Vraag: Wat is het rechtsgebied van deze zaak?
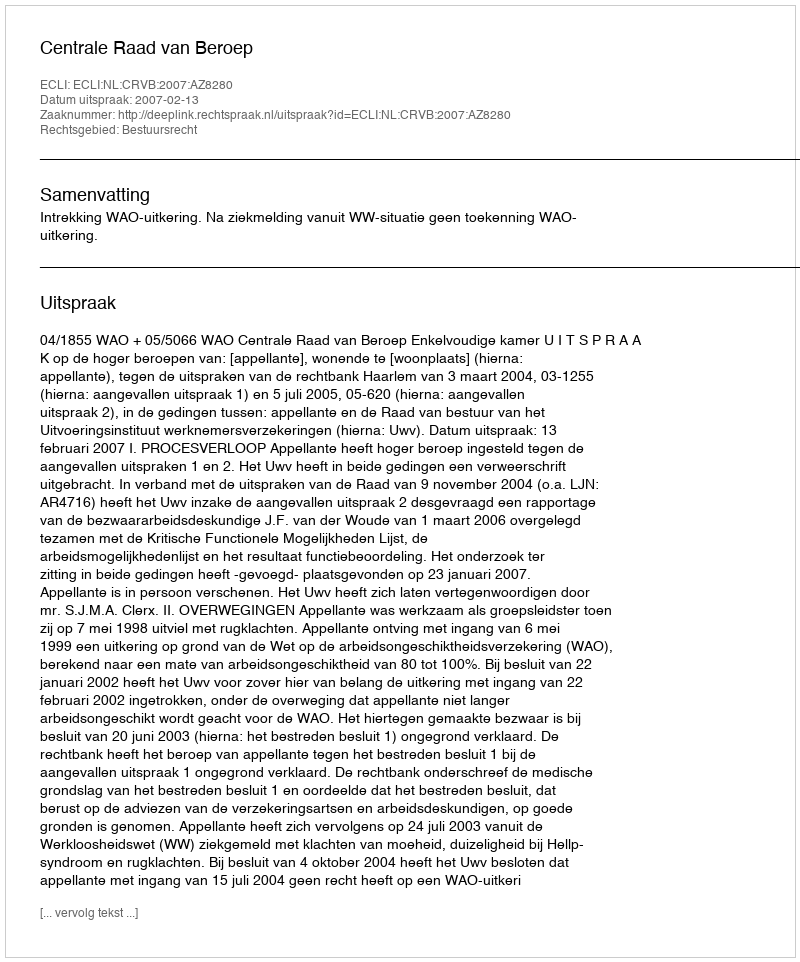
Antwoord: Bestuursrecht